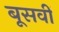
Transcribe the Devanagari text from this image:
बूसवीं